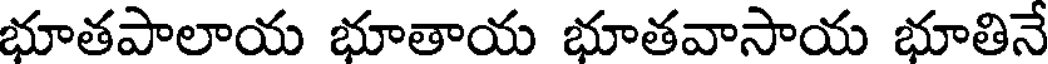
భూతపాలాయ భూతాయ భూతవాసాయ భూతినే